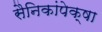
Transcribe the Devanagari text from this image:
सैनिकांपेक्षा